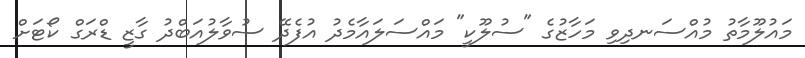
މައުލޫމާތު މުއްސަނދިވި މަހާޒުގެ "ސުލޫކީ" މައްސަލައާމެދު އުފެދޭ ސުވާލުއަބްދު ގާޒީ ޑްރަގް ކޯޓަށް